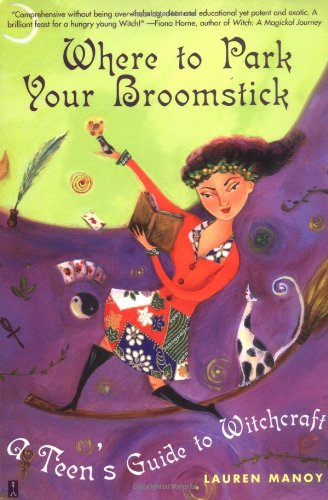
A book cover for Where to Park Your Broomstick: A Teen's Guide to Witchcraft; Lauren Manoy; Teen & Young Adult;